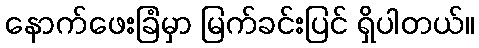
နောက်ဖေးခြံမှာ မြက်ခင်းပြင် ရှိပါတယ်။